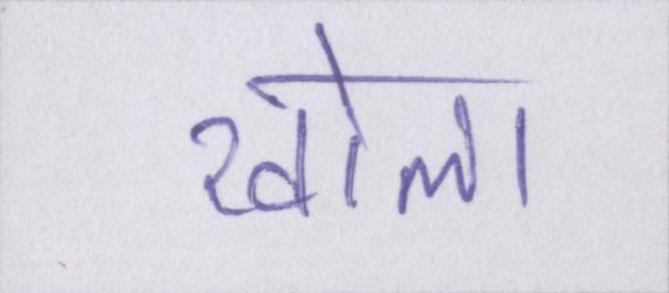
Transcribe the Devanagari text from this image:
खोला